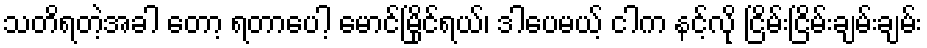
သတိရတဲ့အခါ တော့ ရတာပေါ့ မောင်မြိုင်ရယ်၊ ဒါပေမယ့် ငါက နင့်လို ငြိမ်းငြိမ်းချမ်းချမ်း